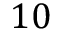
1 0